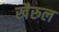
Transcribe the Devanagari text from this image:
खैरुल